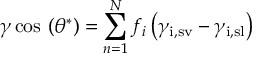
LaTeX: \gamma \cos \, \left( \theta ^ { * } \right) = \sum _ { n = 1 } ^ { N } f _ { i } \left( \gamma _ { \mathrm { i , s v } } - \gamma _ { \mathrm { i , s l } } \right)